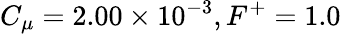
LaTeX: C_{\mu}=2.00\times 10^{-3},F^{+}=1.0